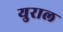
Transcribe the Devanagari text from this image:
युराल